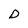
Character: D